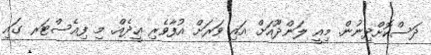
ދަސްކޮށްދިނުން. މިއީ ލަންދޫއަށް އައި ވަރަށް އުފާވެރި ޢީދެއް. މި ފިއެސްޓަރ ގައި